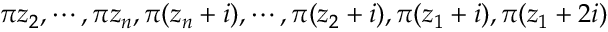
\pi z _ { 2 } , \cdots , \pi z _ { n } , \pi ( z _ { n } + i ) , \cdots , \pi ( z _ { 2 } + i ) , \pi ( z _ { 1 } + i ) , \pi ( z _ { 1 } + 2 i )